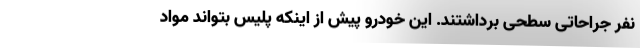
نفر جراحاتی سطحی برداشتند. این خودرو پیش از اینکه پلیس بتواند مواد